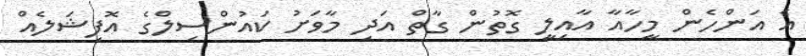
އެ އަންހެން މީހާއާ އާއިލީ ގޮތުން ގާތް އަދި މާވަށު ކައުންސިލްގެ އޮފިޝަލެއް